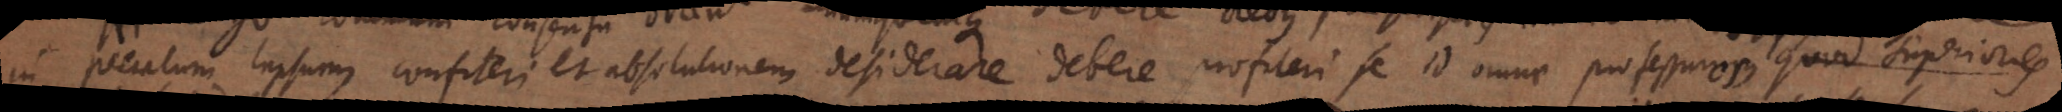
in peccatum lapsum confiteri et absolutionem desiderare, debere profiteri se id omne professurum quod superiores